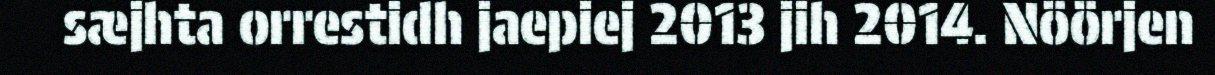
sæjhta orrestidh jaepiej 2013 jih 2014. Nöörjen